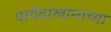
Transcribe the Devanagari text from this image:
पायेंदाखानाच्या